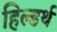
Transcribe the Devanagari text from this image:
हिल्डर्थ